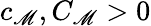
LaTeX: c_{\mathscr{M}},C_{\mathscr{M}}>0